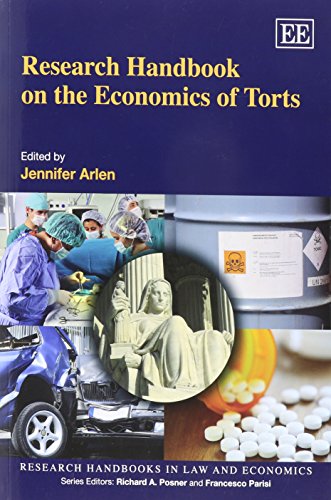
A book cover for Research Handbook on the Economics of Torts (Research Handbooks in Law and Economics series); Jennifer Arlen; Law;